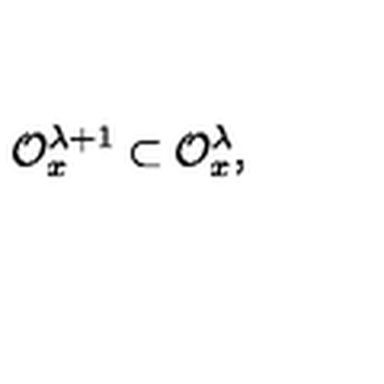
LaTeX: { \cal O } _ { x } ^ { \lambda + 1 } \subset { \cal O } _ { x } ^ { \lambda } ,